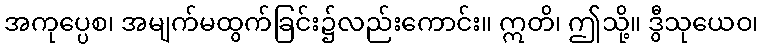
အကုပ္ပေစ၊ အမျက်မထွက်ခြင်း၌လည်းကောင်း။ ဣတိ၊ ဤသို့။ ဒွီသုယေဝ၊